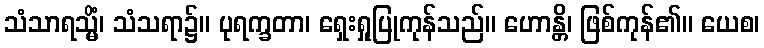
သံသာရသ္မိံ၊ သံသရာ၌။ ပုရက္ခတာ၊ ရှေးရှုပြုကုန်သည်။ ဟောန္တိ၊ ဖြစ်ကုန်၏။ ယေစ၊